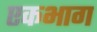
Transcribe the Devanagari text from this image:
एकभाग